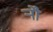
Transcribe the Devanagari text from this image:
र्‍ाौ